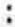
: